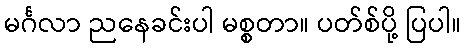
မင်္ဂလာ ညနေခင်းပါ မစ္စတာ။ ပတ်စ်ပို့ ပြပါ။